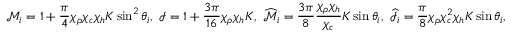
\mathcal { M } _ { i } = 1 + \frac { \pi } { 4 } \chi _ { \rho } \chi _ { c } \chi _ { h } K \sin ^ { 2 } \theta _ { i } , ~ \mathcal { I } = 1 + \frac { 3 \pi } { 1 6 } \chi _ { \rho } \chi _ { h } K , ~ \widehat { \mathcal { M } } _ { i } = \frac { 3 \pi } { 8 } \frac { \chi _ { \rho } \chi _ { h } } { \chi _ { c } } K \sin \theta _ { i } , ~ \widehat { \mathcal { I } } _ { i } = \frac { \pi } { 8 } \chi _ { \rho } \chi _ { c } ^ { 2 } \chi _ { h } K \sin \theta _ { i } ,